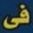
فى